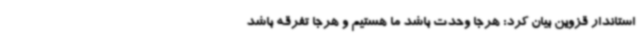
استاندار قزوین بیان کرد: هرجا وحدت باشد ما هستیم و هرجا تفرقه باشد